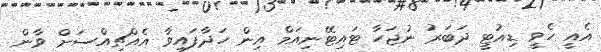
އެއީ ހެވީ ޑިއުޓީ ދަބަރު ނުޖަހާ ޓައިޓޭނިއަމް އިން ހަދާފައިވާ އެއްޗިއްސަށް ވާން